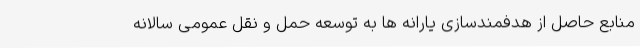
منابع حاصل از هدفمندسازی یارانه ها به توسعه حمل و نقل عمومی سالانه